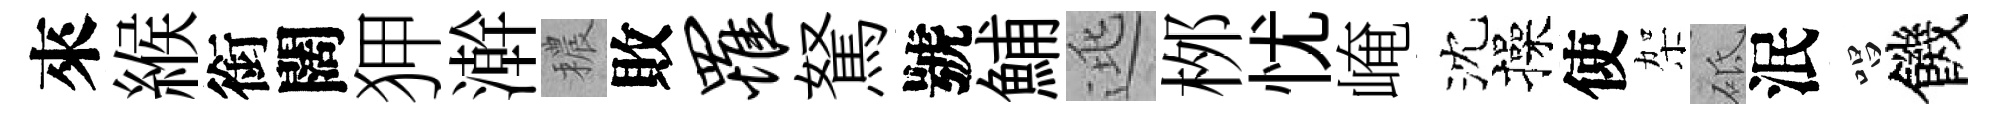
來緱銜闊狎澣穠敗罹駑號鯆逃桞忧崦沈操使架砥泯唱饑